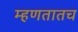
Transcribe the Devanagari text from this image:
म्हणतातच